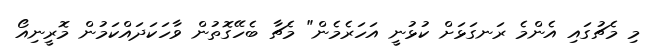
މި މެޗުގައި އެންމެ ރަނގަޅަށް ކުޅުނީ އަހަރެމެން" މެޗާ ބެހޭގޮތުން ވާހަކަދައްކަމުން މޮރީނިއޯ